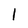
Character: 1